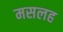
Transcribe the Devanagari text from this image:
मसलह